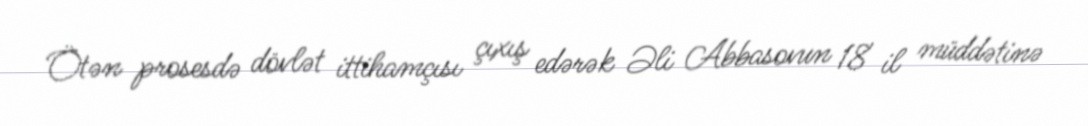
Ötən prosesdə dövlət ittihamçısı çıxış edərək Əli Abbasovun 18 il müddətinə